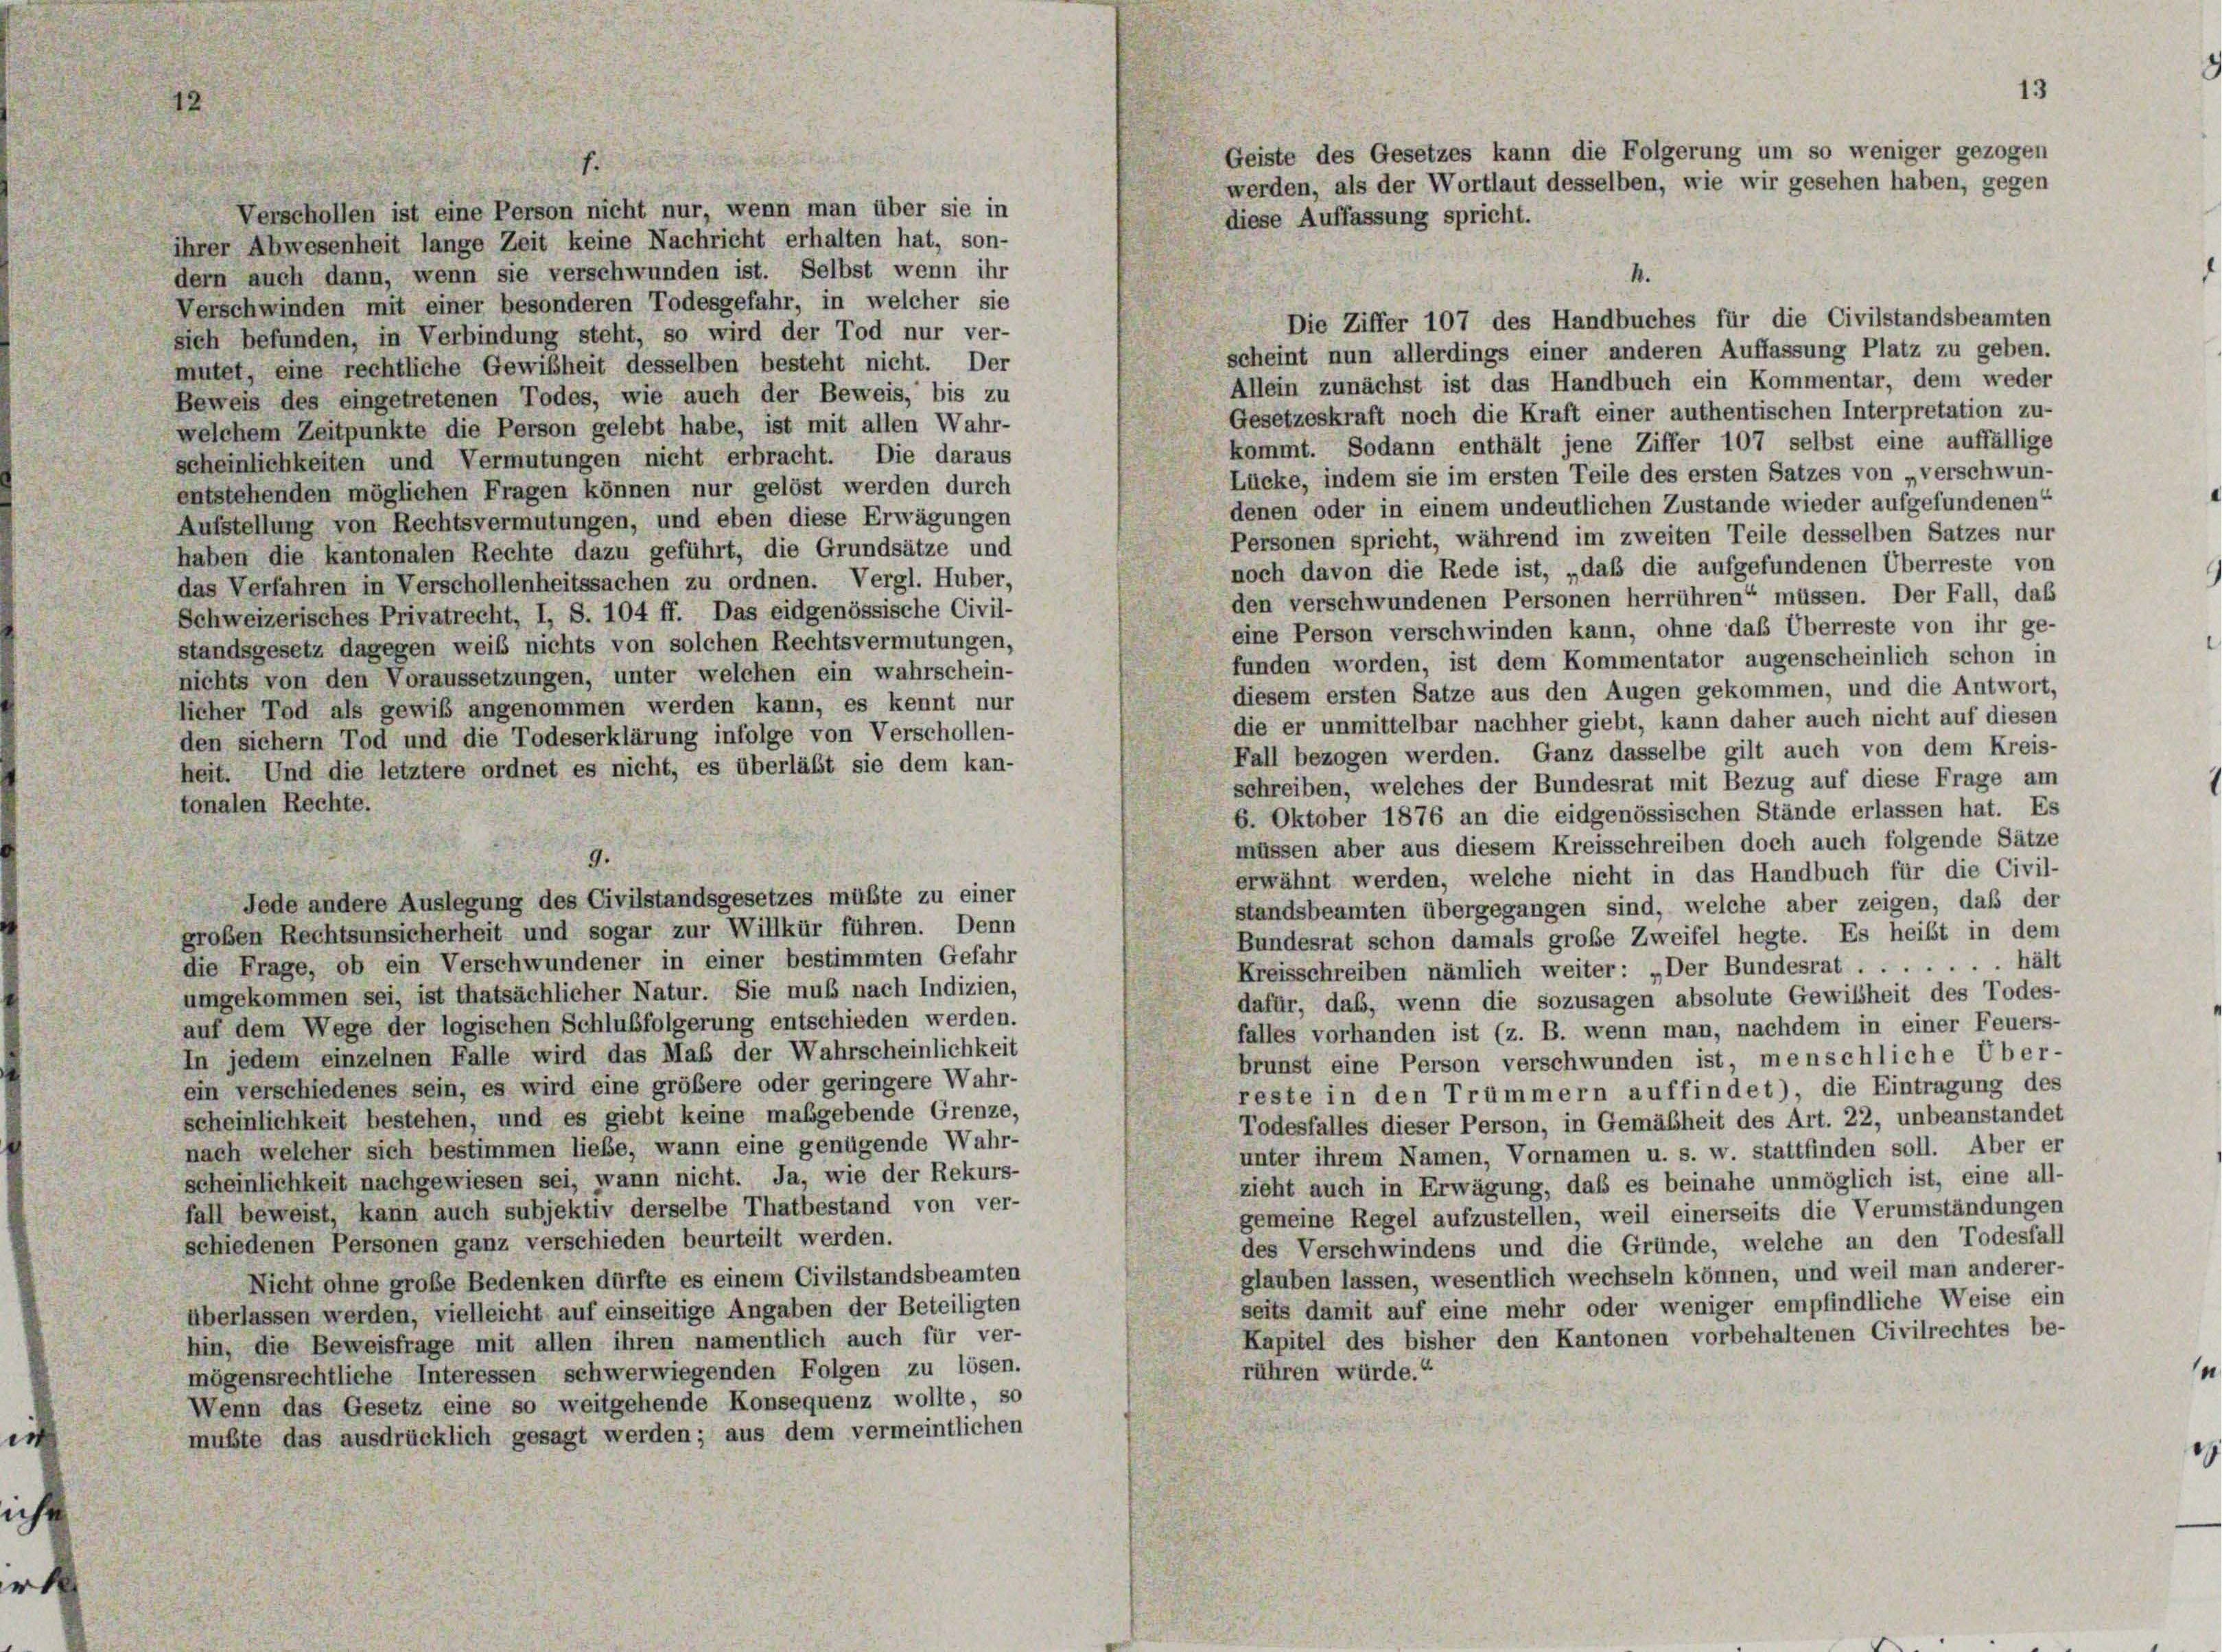
t

1.
Verschollen ist eine Person nicht nur, wenn man über sie in
ihrer Abwesenheit lange Zeit keine Nachricht erhalten hat, son-
dern auch dann, wenn sie verschwunden ist. Selbst wenn ihr
4.
Verschwinden mit einer besonderen Todesgefahr, in welcher sie
Die Ziffer 107 des Handbuches für die Civilstandsbeamten
sich befunden, in Verbindung steht, so wird der Tod nur ver-
scheint nun allerdings einer anderen Auffassung Platz zu geben.
mutet, eine rechtliche Gewißheit desselben besteht nicht. Der
Allein zunächst ist das Handbuch ein Kommentar, dem weder
Beweis des eingetretenen Todes, wie auch der Beweis, bis zu
Gesetzeskraft noch die Kraft einer authentischen Interpretation zu-
welchem Zeitpunkte die Person gelebt habe, ist mit allen Wahr-
kommt. Sodann enthält jene Ziffer 107 selbst eine auffällige
scheinlichkeiten und Vermutungen nicht erbracht. Die daraus
Lücke, indem sie im ersten Teile des ersten Satzes von verschwun-
entstehenden möglichen Fragen können nur gelöst werden durch
denen oder in einem undeutlichen Zustande wieder aufgefundenen“
Aufstellung von Rechtsvermutungen, und eben diese Erwägungen
Personen spricht, während im zweiten Teile desselben Satzes nur
haben die kantonalen Rechte dazu geführt, die Grundsätze und
noch davon die Rede ist, „daß die aufgefundenen Überreste von
das Verfahren in Verschollenheitssachen zu ordnen. Vergl. Huber,
den verschwundenen Personen herrühren“ müssen. Der Fall, daß
Schweizerisches Privatrecht, I, S. 104 ff. Das eidgenössische Civil-
eine Person verschwinden kann, ohne das Überreste von ihr ge-
standsgesetz dagegen weiß nichts von solchen Rechtsvermutungen,
funden worden, ist dem Kommentator augenscheinlich schon in
nichts von den Voraussetzungen, unter welchen ein wahrschein-
diesem ersten Satze aus den Augen gekommen, und die Antwort,
licher Tod als gewiß angenommen werden kann, es kennt nur
die er unmittelbar nachher giebt, kann daher auch nicht auf diesen
den sichern Tod und die Todeserklärung infolge von Verschollen-
Fall bezogen werden. Ganz dasselbe gilt auch von dem Kreis-
heit. Und die letztere ordnet es nicht, es überläßt sie dem kan-
schreiben, welches der Bundesrat mit Bezug auf diese Frage am
tonalen Rechte.
6. Oktober 1876 an die eidgenössischen Stände erlassen hat. Es
müssen aber aus diesem Kreisschreiben doch auch folgende Sätze
9.
erwähnt werden, welche nicht in das Handbuch für die Civil-
Jede andere Auslegung des Civilstandsgesetzes müßte zu einer
standsbeamten übergegangen sind, welche aber zeigen, daß der
großen Rechtsunsicherheit und sogar zur Willkür führen. Denn
Bundesrat schon damals große Zweifel hegte. Es heilt in dem
die Frage, ob ein Verschwundener in einer bestimmten Gefahr
Kreisschreiben nämlich weiter: „Der Bundesrat ....... hält
umgekommen sei, ist thatsächlicher Natur. Sie muß nach Indizien,
dafür, daß, wenn die sozusagen absolute Gewißheit des Todes-
auf dem Wege der logischen Schlußfolgerung entschieden werden.
falles vorhanden ist (z. B. wenn man, nachdem in einer Feuers-
In jedem einzelnen Falle wird das Maß der Wahrscheinlichkeit
brunst eine Person verschwunden ist, menschliche Über-
ein verschiedenes sein, es wird eine größere oder geringere Wahr-
reste in den Trümmern auffindet), die Eintragung des
scheinlichkeit bestehen, und es giebt keine maßgebende Grenze,
Todesfalles dieser Person, in Gemäßheit des Art. 22, unbeanstandet
nach welcher sich bestimmen liebe, wann eine genügende Wahr-
unter ihrem Namen, Vornamen u. s. w. stattfinden soll. Aber er
scheinlichkeit nachgewiesen sei, wann nicht. Ja, wie der Rekurs-
zieht auch in Erwägung, daß es beinahe unmöglich ist, eine all-
fall beweist, kann auch subjektiv derselbe Thatbestand von ver-
gemeine Regel aufzustellen, weil einerseits die Verumständungen
schiedenen Personen ganz verschieden beurteilt werden.
des Verschwindens und die Gründe, welche an den Todesfall
glauben lassen, wesentlich wechseln können, und weil man anderer-
Nicht ohne große Bedenken dürfte es einem Civilstandsbeamten
seits damit auf eine mehr oder weniger empfindliche Weise ein
überlassen werden, vielleicht auf einseitige Angaben der Beteiligten
Kapitel des bisher den Kantonen vorbehaltenen Civilrechtes be-
hin, die Beweisfrage mit allen ihren namentlich auch für ver-
rühren würde.“
mögensrechtliche Interessen schwerwiegenden Folgen zu lösen.
Wenn das Gesetz eine so weitgehende Konsequenz wollte, so
mußte das ausdrücklich gesagt werden; aus dem vermeintlichen

13
Geiste des Gesetzes kann die Folgerung um so weniger gezogen
werden, als der Wortlaut desselben, wie wir gesehen haben, gegen
diese Auffassung spricht.